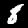
Digit: 8